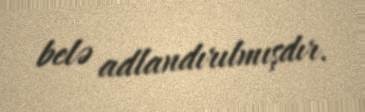
belə adlandırılmışdır.